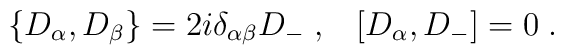
\{ D_\alpha, D_\beta \} = 2i \delta_{\alpha\beta}D_-\;, \;\;\;[D_\alpha, D_-] = 0\;.